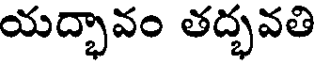
యద్భావం తద్భవతి